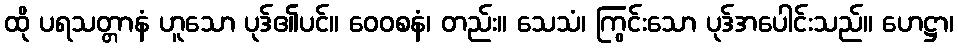
ထို ပရသတ္တာနံ ဟူသော ပုဒ်၏ပင်။ ဝေဝစနံ၊ တည်း။ သေသံ၊ ကြွင်းသော ပုဒ်အပေါင်းသည်။ ဟေဋ္ဌာ၊